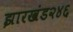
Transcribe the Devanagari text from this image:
झारखंड२४६